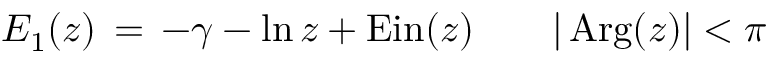
E _ { 1 } ( z ) \, = \, - \gamma - \ln z + \mathrm { { E i n } } ( z ) \qquad | \operatorname { A r g } ( z ) | < \pi